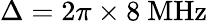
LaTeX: \Delta=2\pi\times\mathrm{8\ MHz}